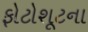
ફોટોશૂટના